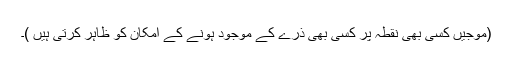
(موجیں کسی بھی نقطہ پر کسی بھی ذرّے کے موجود ہونے کے امکان کو ظاہر کرتی ہیں )۔